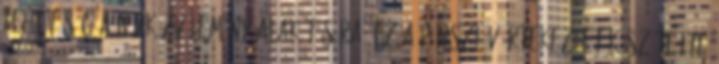
lehetőség a népközvélemény alakítására. Ez a pánszláv értekezlet készítette